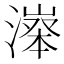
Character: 𣽵